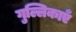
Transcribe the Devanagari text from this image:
गुल्लिकाएँ